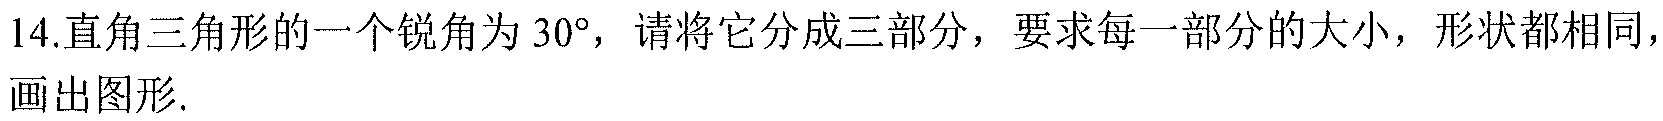
14.直角三角形的一个锐角为\(30^{\circ}\)，请将它分成三部分，要求每一部分的大小，形状都相同，画出图形.